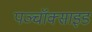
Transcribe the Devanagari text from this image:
पञ्चॉक्साइड